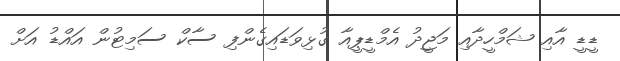
ޑީޑީ އާއި ޝަމްހީދާއި މަޖީދު އެމްޑީޕީއާ ގުޅިވަޑައިގެންފި ސާކް ސަމިޓުން އައްޑު އަށް